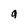
Character: a